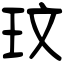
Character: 玟